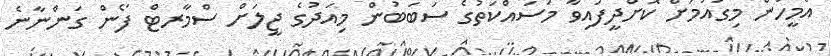
އެމީހުން މިގައުމަށް ކޮށްދީފައިވާ މަސައްކަތުގެ ސަބަބުން މިއަދުގެ ޖީލަށް ސްމާރޓް ފޯން ގަންނާނެ